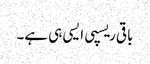
باقی ریسپی ایسی ہی ہے۔